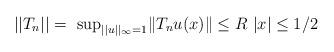
LaTeX: \begin{align*}||T_n|| = \textrm{ sup}_{||u||_{\infty}=1} \| T_nu(x) \| \leq R\textrm{ }|x| \leq 1/2 \end{align*}